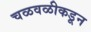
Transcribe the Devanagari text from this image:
चळवळीकडून